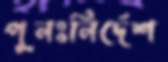
পুনঃনির্দেশ